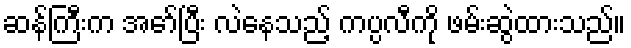
ဆန်ကြီးက အော်ပြီး လဲနေသည့် ကပ္ပလီကို ဖမ်းဆွဲထားသည်။